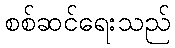
စစ်ဆင်ရေးသည်